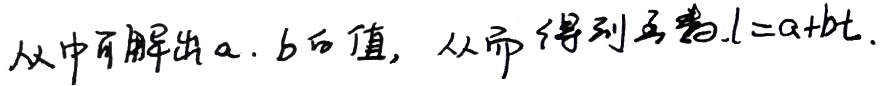
从中可解出\(a\)、\(b\)的值, 从而得到函 \(l = a + bt\)。